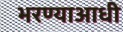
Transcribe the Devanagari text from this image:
भरण्याआधी